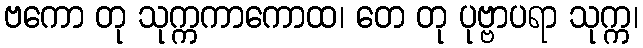
ဗကော တု သုက္ကကာကောထ၊ တေ တု ပုဗ္ဗာပရာ သုက္က၊